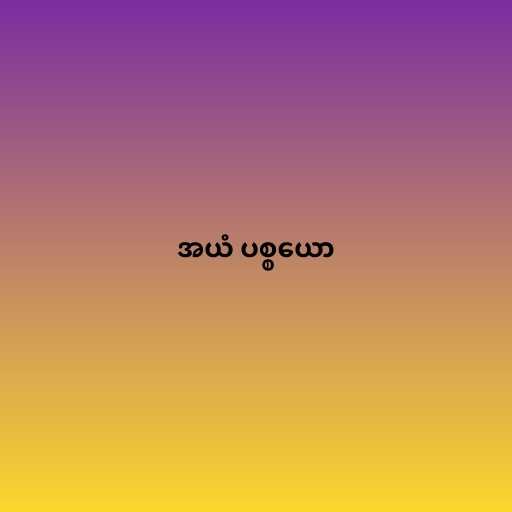
အယံ ပစ္စယော